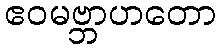
ဧဝမဗ္ဘာဟတော